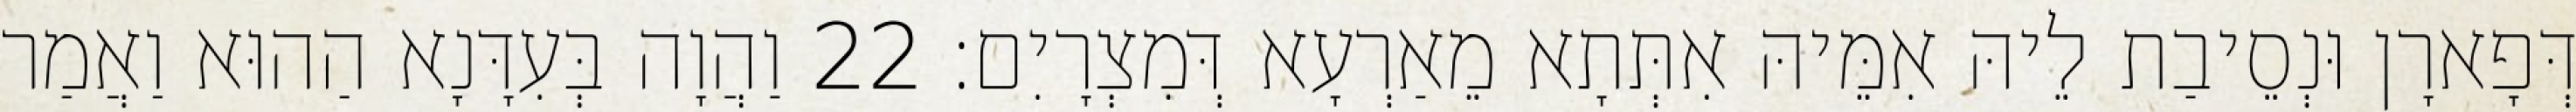
דְּפָארָן וּנְסֵיבַת לֵיהּ אִמֵּיהּ אִתְּתָא מֵאַרְעָא דְּמִצְרָיִם׃ 22 וַהֲוָה בְּעִדָּנָא הַהוּא וַאֲמַר